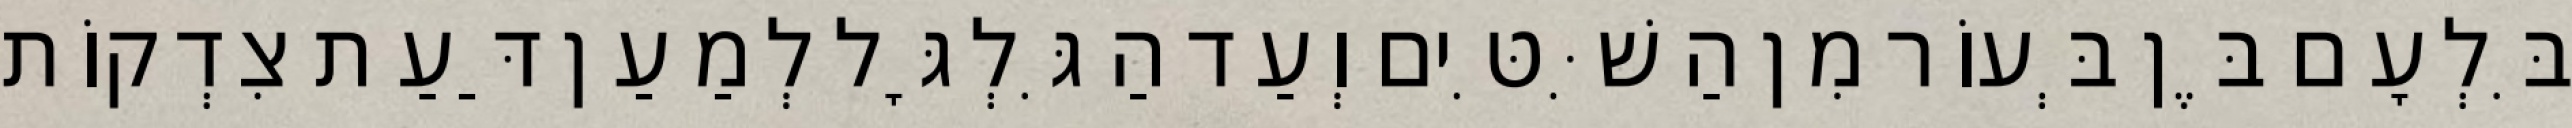
בִּלְעָם בֶּן בְּעוֹר מִן הַשִּׁטִּים וְעַד הַגִּלְגָּל לְמַעַן דַּעַת צִדְקוֹת